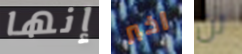
إنها اخبر لن